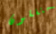
متفقون